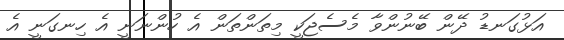
އަޅުގަނޑު ދޭން ބޭނުންވާ މެސެޖަކީ މިތަންތަން އެ ހުންނަނީ އެ ހިނގަނީ އެ